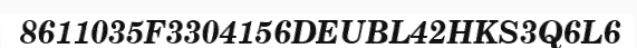
8611035F3304156DEUBL42HKS3Q6L6